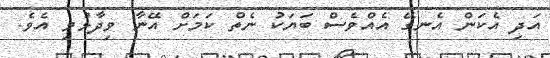
އަދި އެކަން އެނގޭ އެއްވެސް ބަޔަކު ނެތް ކަމަށް އޭނާ ވިދާޅުވި އެވެ.